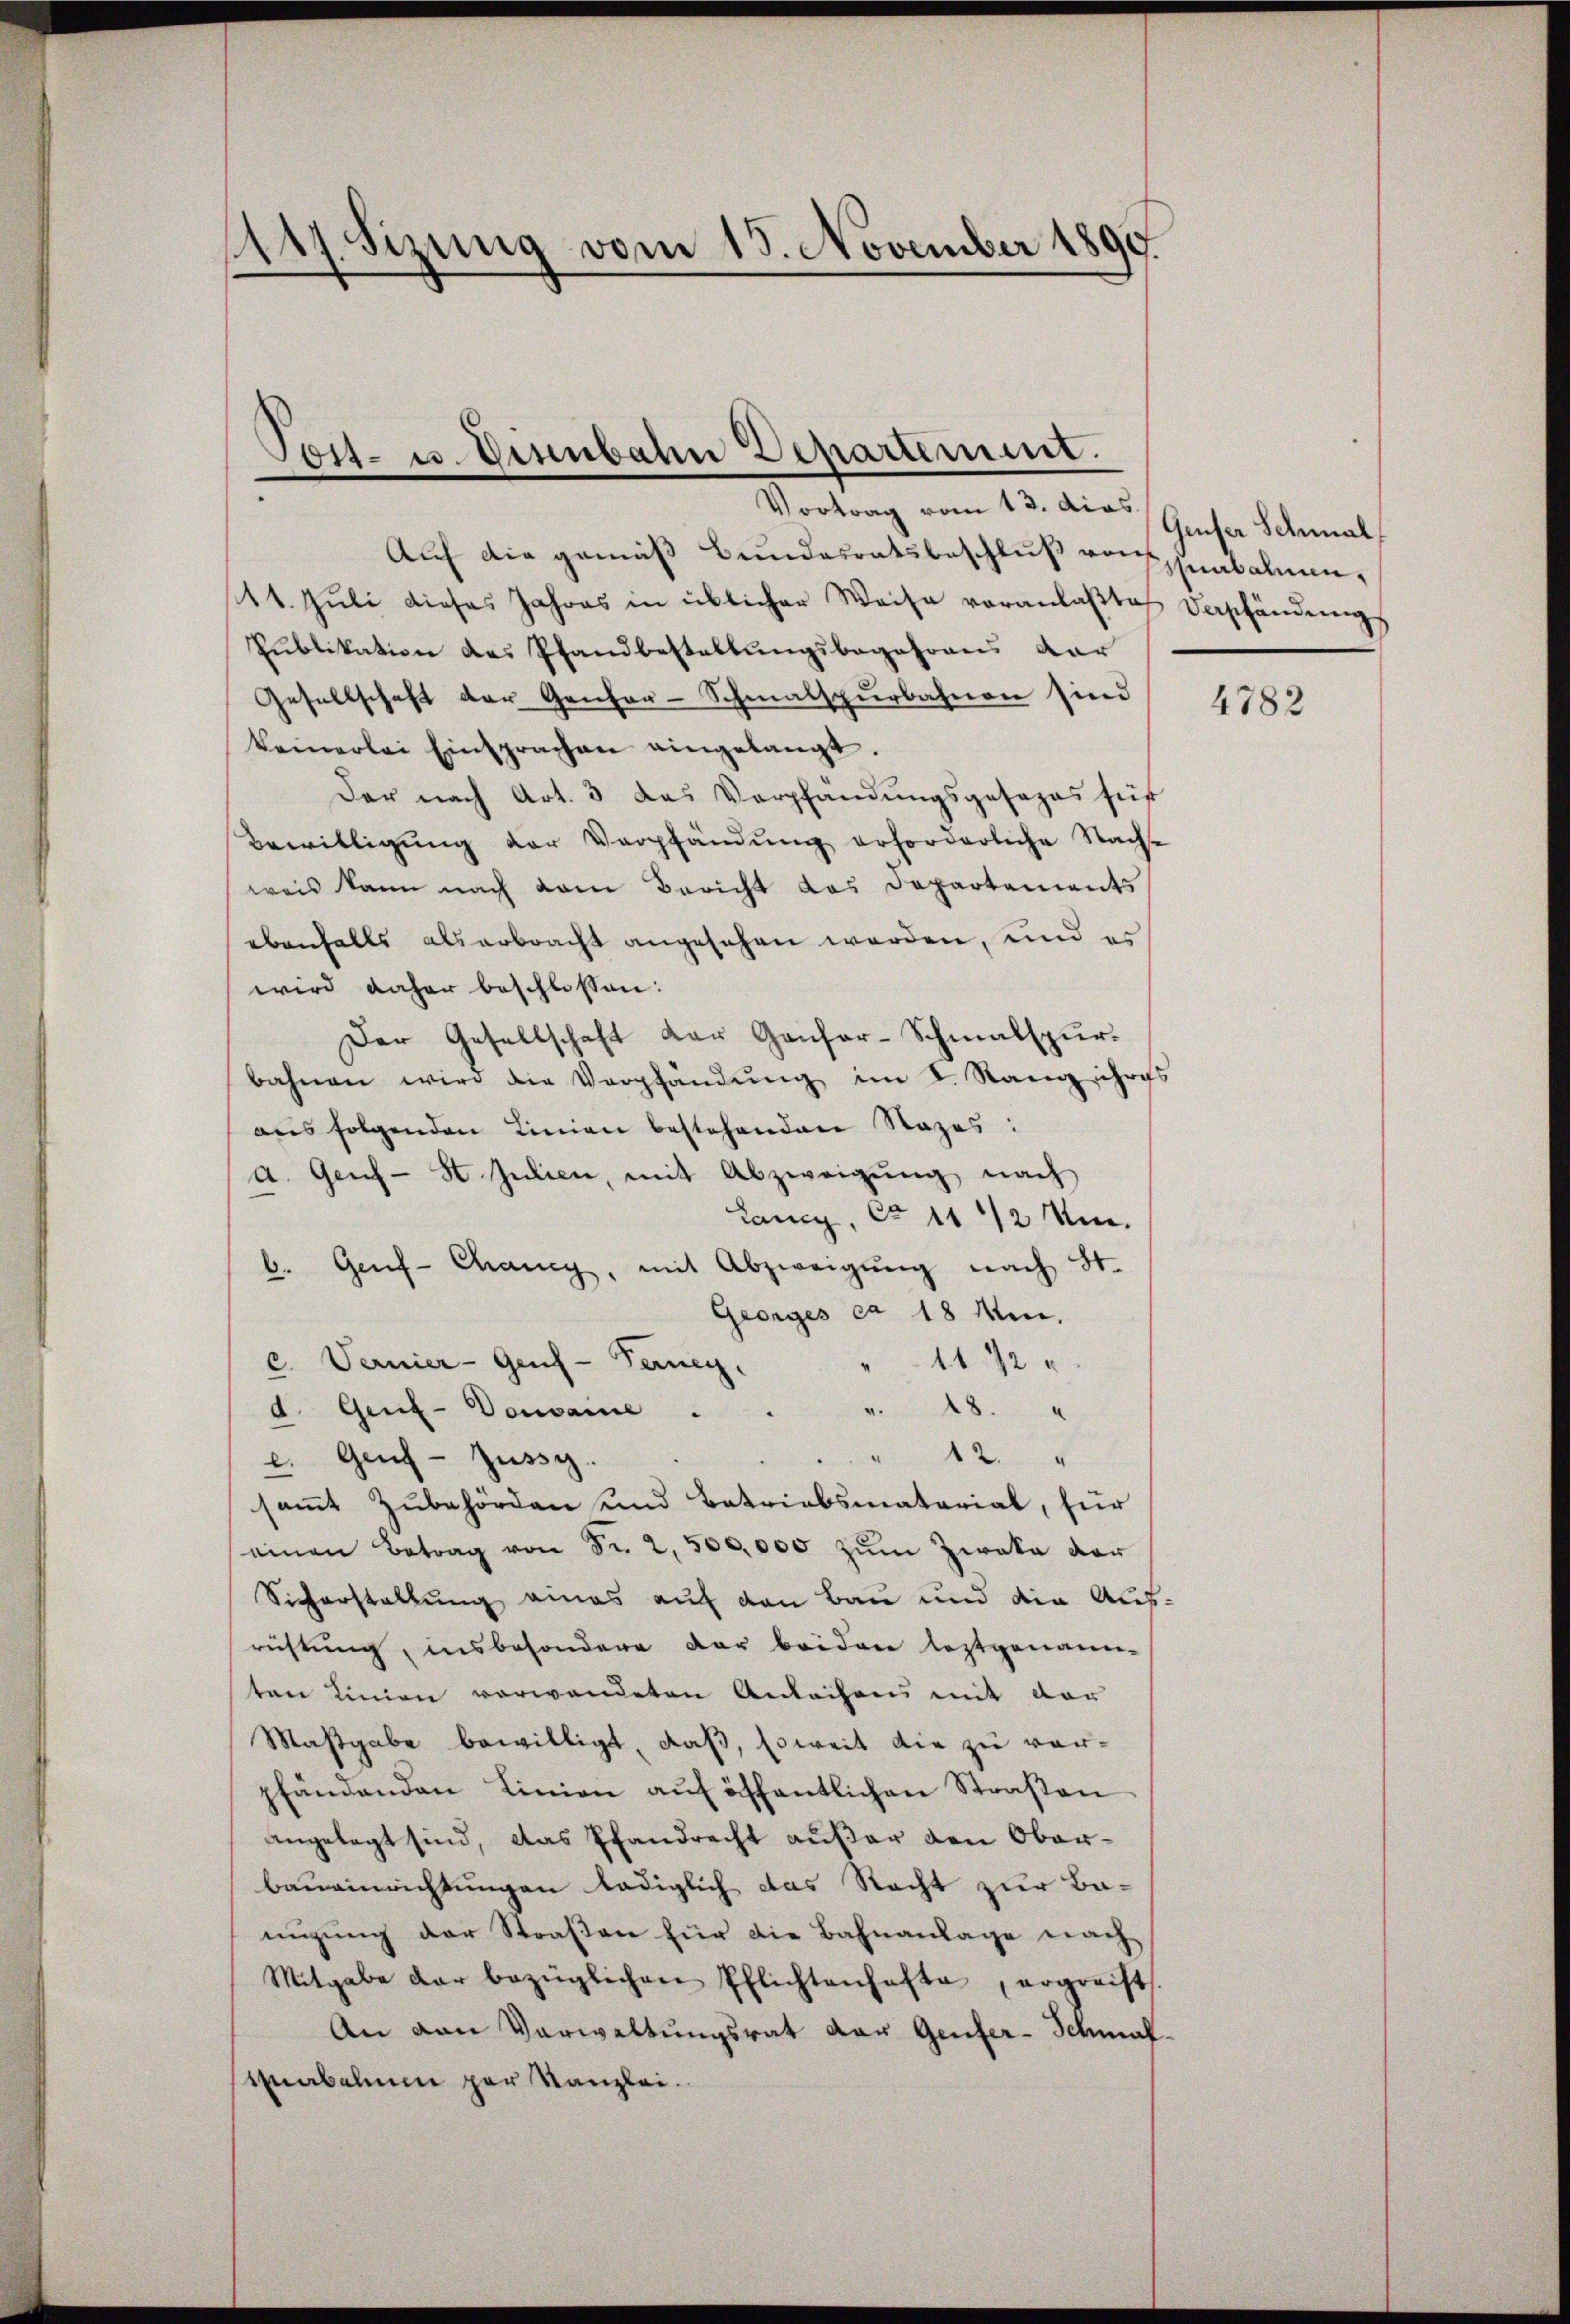
147. Sizung vom 15. November 1890

Post- u. Einbahn Departement.

Vortrag vom 13. das Geser Schmal
Auf die gemäß Bundesratsbeschluß von Grabalmen,
11. Jŭli dieses Jahres in üblicher Weise veranlaßte Verschändungs
Publikation des Pfandbestallungsbegehrens dar
Gesellschaft der Genfer-Schmalspurbahnen sind
keinerlei Einsprachen eingelangt.
Der nach Art. 3 das Verpfändungsgesezes suf
Bewilligung der Verpfändung erforderliche Sache
weis kann nach dem Bericht das Departements
ebenfalls als erbracht angesehen werden, und es
wird daher beschlossen:
Der Gesellschaft der Genfor-Schmalspurbahnen wird die Verpfändung im I. Rang ihres
aus folgenden Linien bestehenden Nazes:
a. Genf - St. Julien, mit Abzweigung nach
Lancy, Cr 11 1/2 Um
b. Genf-Chancy, mit Abzweigung nach St.
Georges ca 18 Min.
c. Vernier-Geuf-Terney.
1172
d. Genf-Donvaine . . . 18. "
12. "
c. Genf - Züssy.
samt Zubehörden und Betriebsmaterial, für
seinen Betrag von Fr. 2, 500,000 zum Zwaka der
Sicherstellung eines auf den Bau und die Aufrüstung, insbesondere der beiden leztgenannen
ten Linien verwendeten Anleihens mit der
Maßgabe bewilligt, daß, soweit die zu vorpfändenden Linien aŭf öffentlichen Straβen
angelegt sind, das Pfandrecht außer den Oberbauainrichtungen lediglich das Nacht zur Bemigung der Straßen für die Bahnanlage nach
Mitgabe dar bezüglichen Pflichtenhafte, ergreift.
An van Verwaltungsrat der Genfer-Schmal-
Mnabalue par Kanzlei.

4782